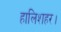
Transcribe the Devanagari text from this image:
हालिशहर।